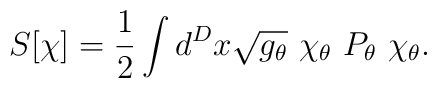
S[\chi]={1\over 2}\int d^{D}x\sqrt{g_\theta}\ \chi_\theta\    P_\theta\ \chi_\theta .